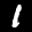
Label: 1